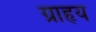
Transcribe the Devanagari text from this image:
ग्राहृय